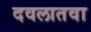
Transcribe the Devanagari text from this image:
दवलातवा